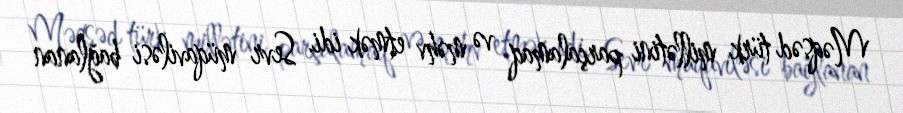
Məqsəd türk millətini parçalamaq və məhv etmək idi. Sevr müqaviləsi bağlanan